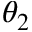
\theta _ { 2 }